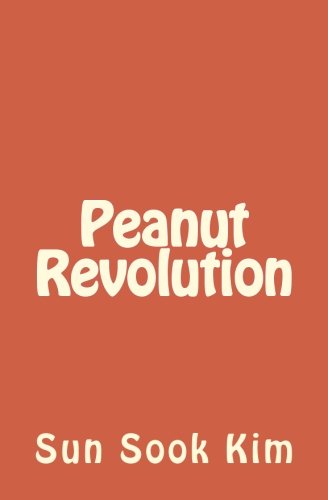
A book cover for Peanut Revolution (White Pagoda) (Volume 1) (Korean Edition); Sun Sook Kim; Teen & Young Adult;